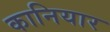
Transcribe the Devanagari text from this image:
कानियार